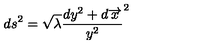
d s ^ { 2 } = \sqrt { \lambda } \frac { d y ^ { 2 } + d \overrightarrow { x } } { y ^ { 2 } } ^ { 2 }